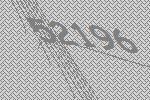
52196